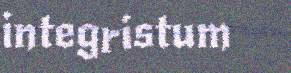
integristum